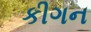
કીગન